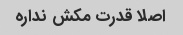
اصلا قدرت مکش نداره